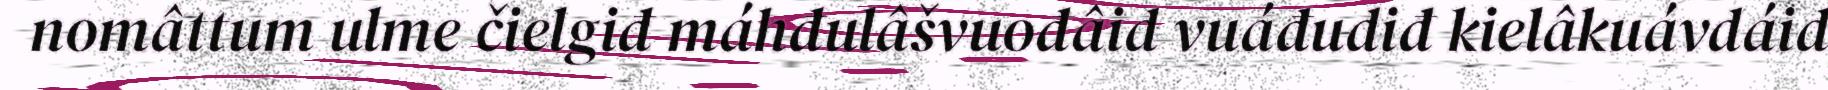
nomâttum ulme čielgiđ máhđulâšvuođâid vuáđudiđ kielâkuávdáid